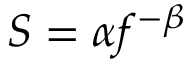
S = \alpha f ^ { - \beta }